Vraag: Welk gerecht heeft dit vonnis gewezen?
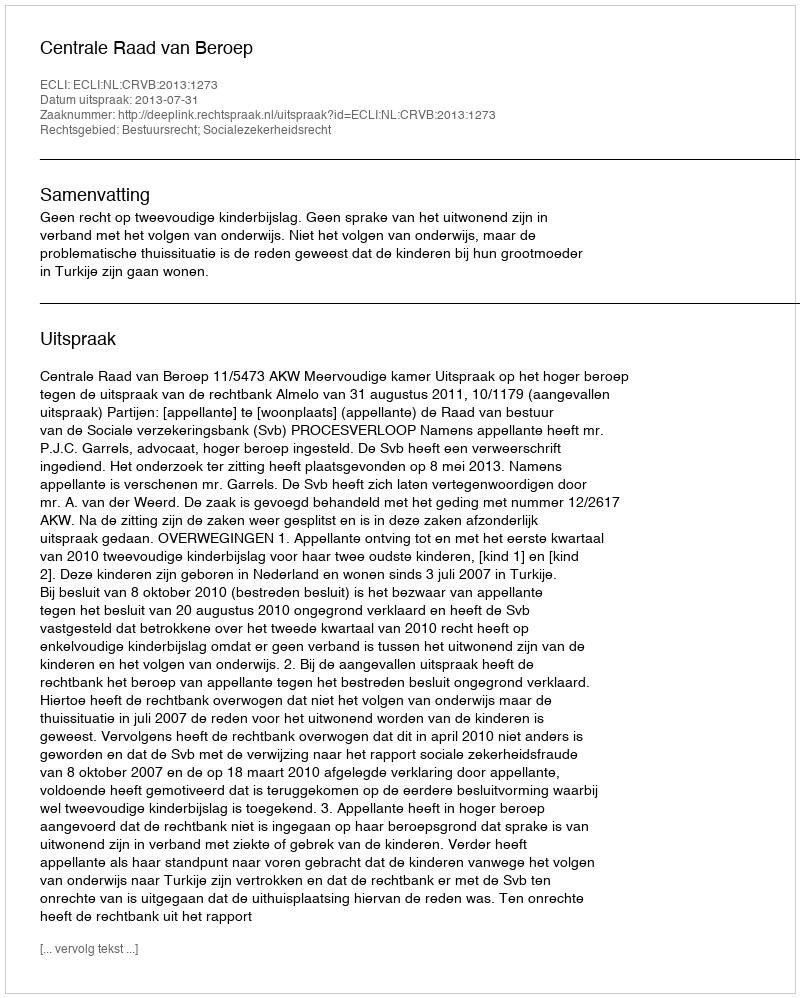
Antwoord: Centrale Raad van Beroep